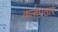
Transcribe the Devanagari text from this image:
कऱ्हेपठार